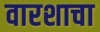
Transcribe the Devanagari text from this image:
वारशाचा